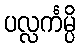
ပလ္လင်္ကမ္ပိ